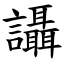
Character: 讘